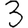
Digit: 3